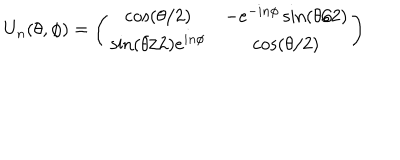
U _ { n } ( \theta , \phi ) = \left( \begin{matrix} { { \cos ( \theta / 2 ) } } & { { - e ^ { - i n \phi } \sin ( \theta / 2 ) } } \\ { { \sin ( \theta / 2 ) e ^ { i n \phi } } } & { { \cos ( \theta / 2 ) } } \\ \end{matrix} \right)